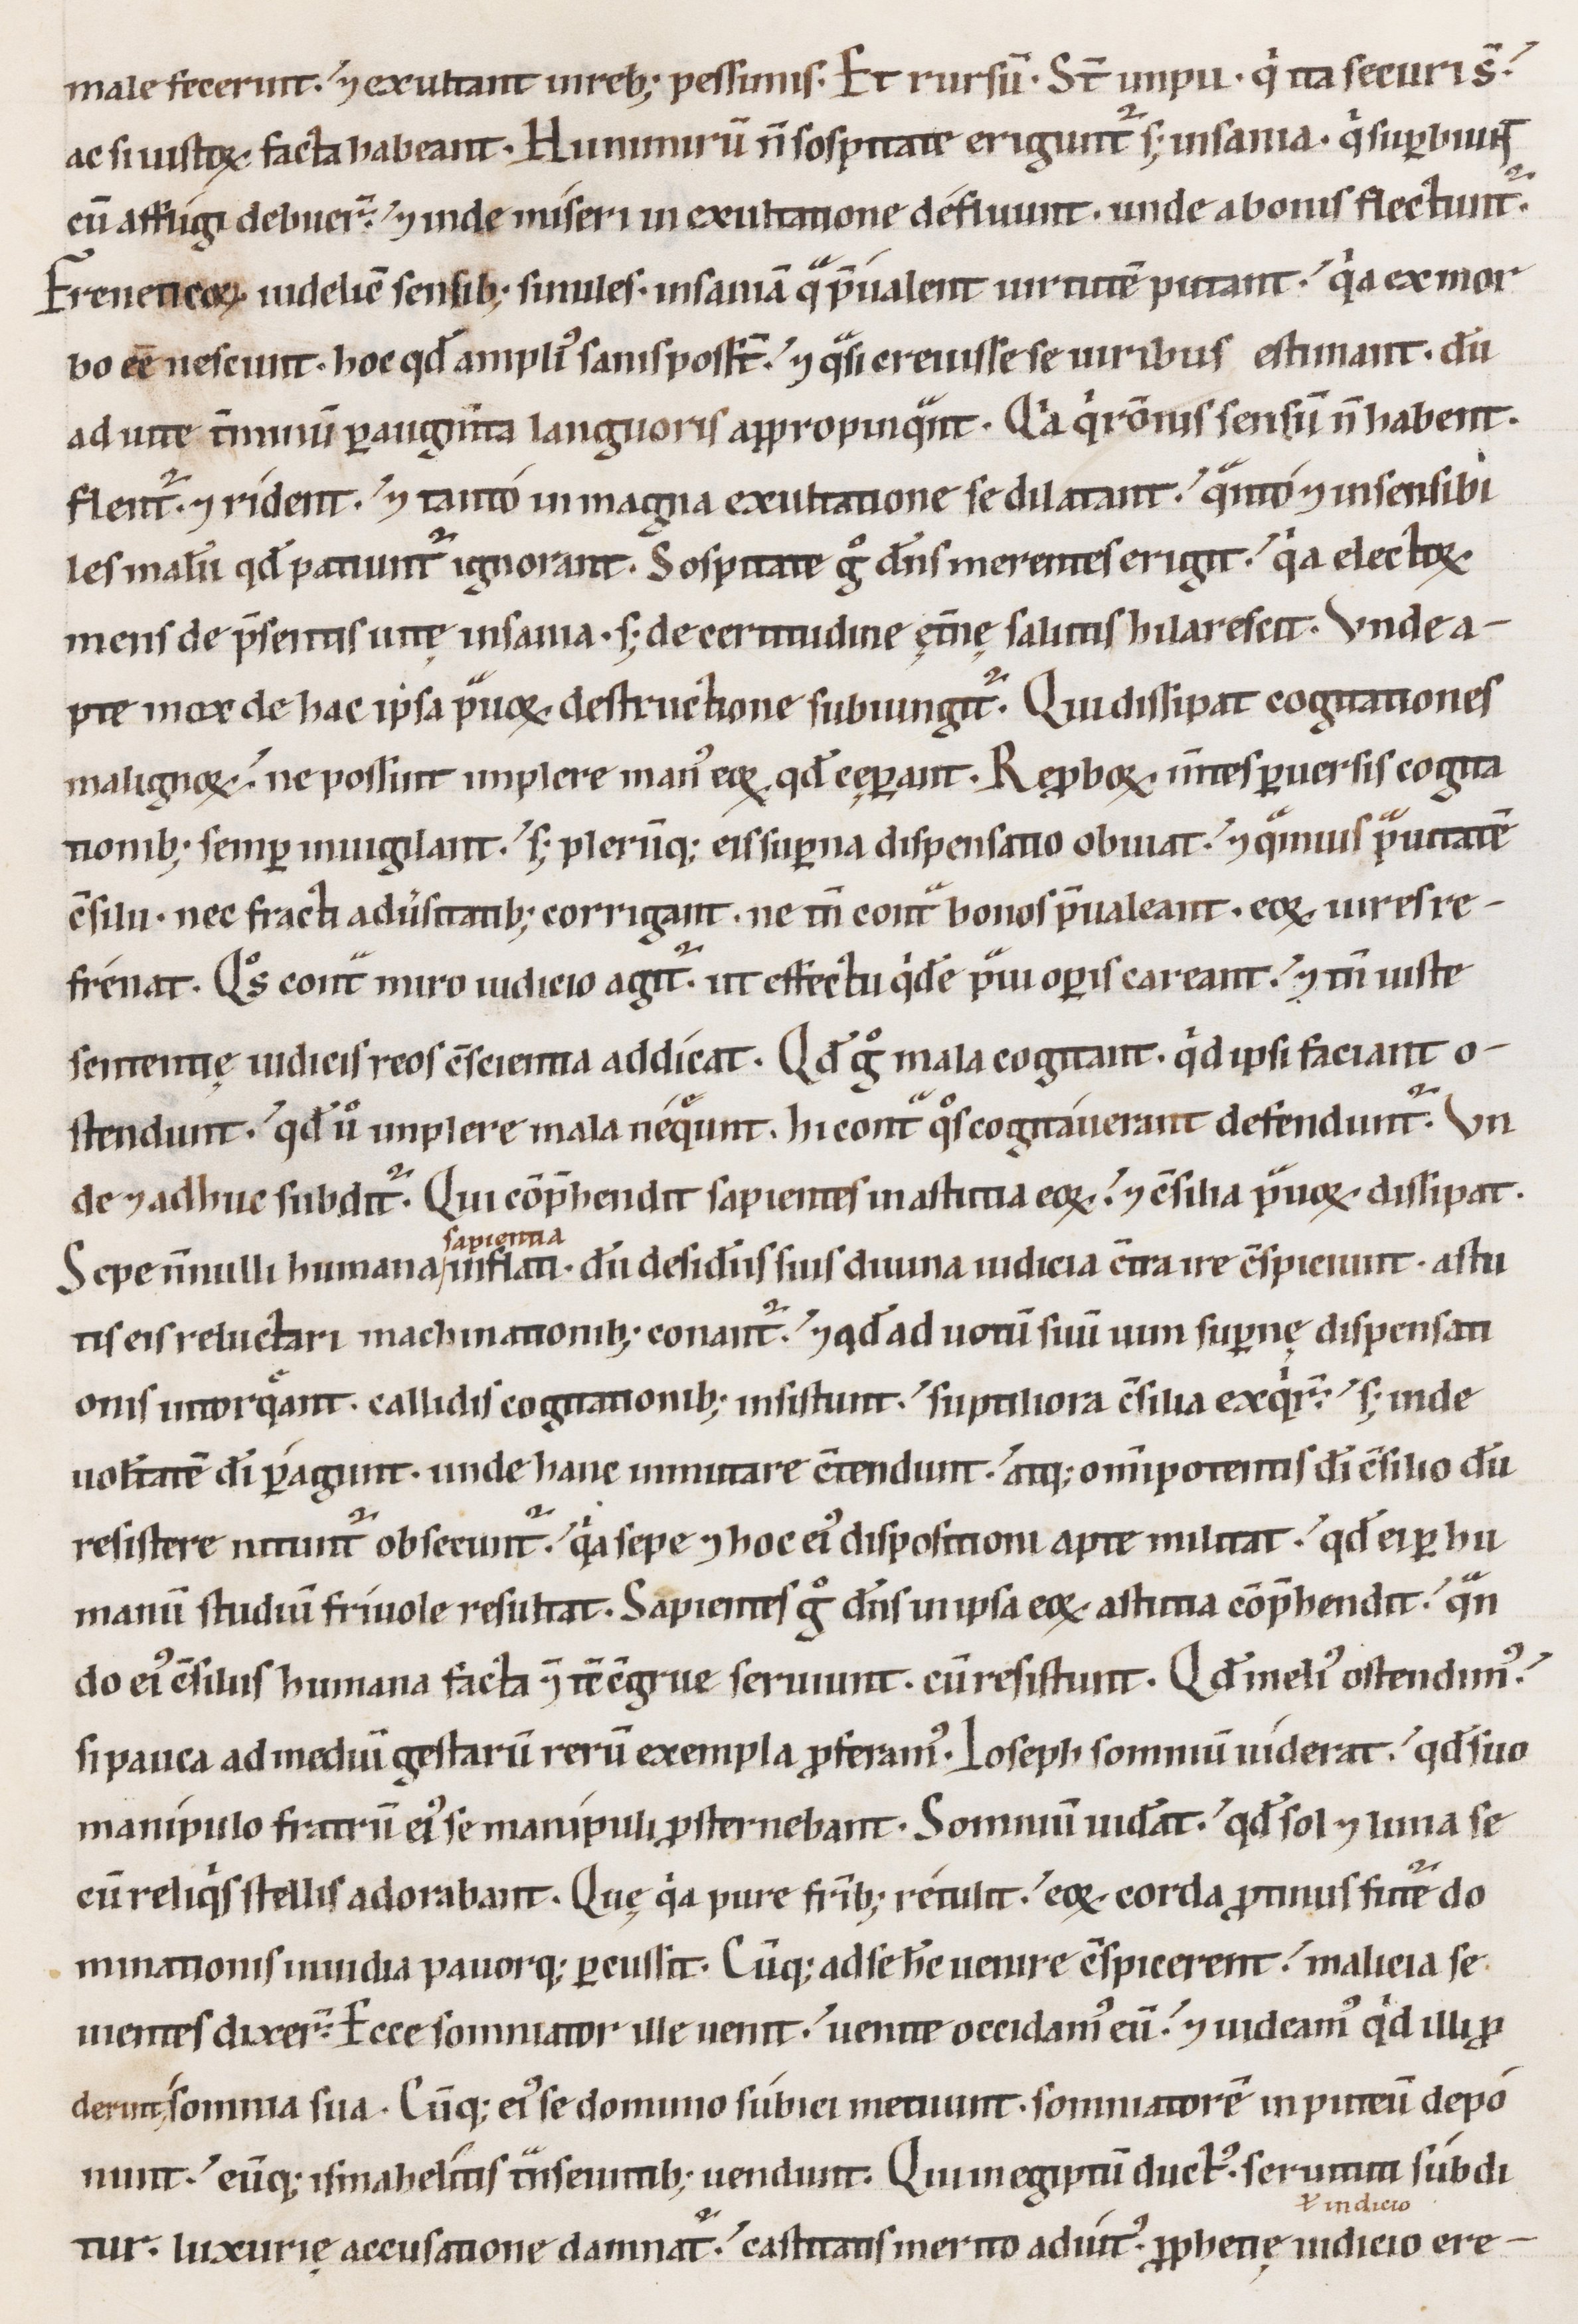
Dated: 1100–1199